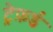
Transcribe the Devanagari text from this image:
ट्रेफ़र्ड